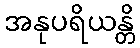
အနုပရိယန္တိ